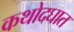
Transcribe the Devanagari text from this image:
कथोदघात